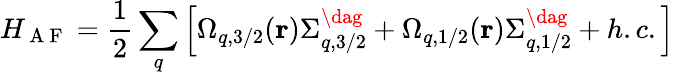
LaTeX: H_{\mathrm{~A~F~}}=\frac{1}{2}\sum_{q}\left[\Omega_{q,3/2}(\mathbf{r})\Sigma_{q,3/2}^{\dag}+\Omega_{q,1/2}(\mathbf{r})\Sigma_{q,1/2}^{\dag}+h.c.\right]